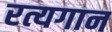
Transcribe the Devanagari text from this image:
रत्यगान